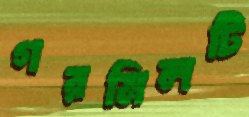
গরমিলটি